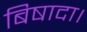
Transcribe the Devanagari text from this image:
बिषादा।